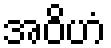
အဝိဟံ